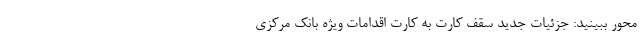
محور ببینید: جزئیات جدید سقف کارت به کارت اقدامات ویژه بانک مرکزی